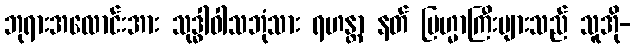
ဘုရားအလောင်းအား သုဒ္ဓါဝါသဘုံသား ရဟန္တာ နတ် ဗြဟ္မာကြီးများသည် သူအို-